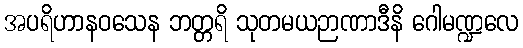
အပရိဟာနဝသေန ဘတ္တရိ သုတမယဉာဏာဒီနိ ဂေါမဏ္ဍလေ